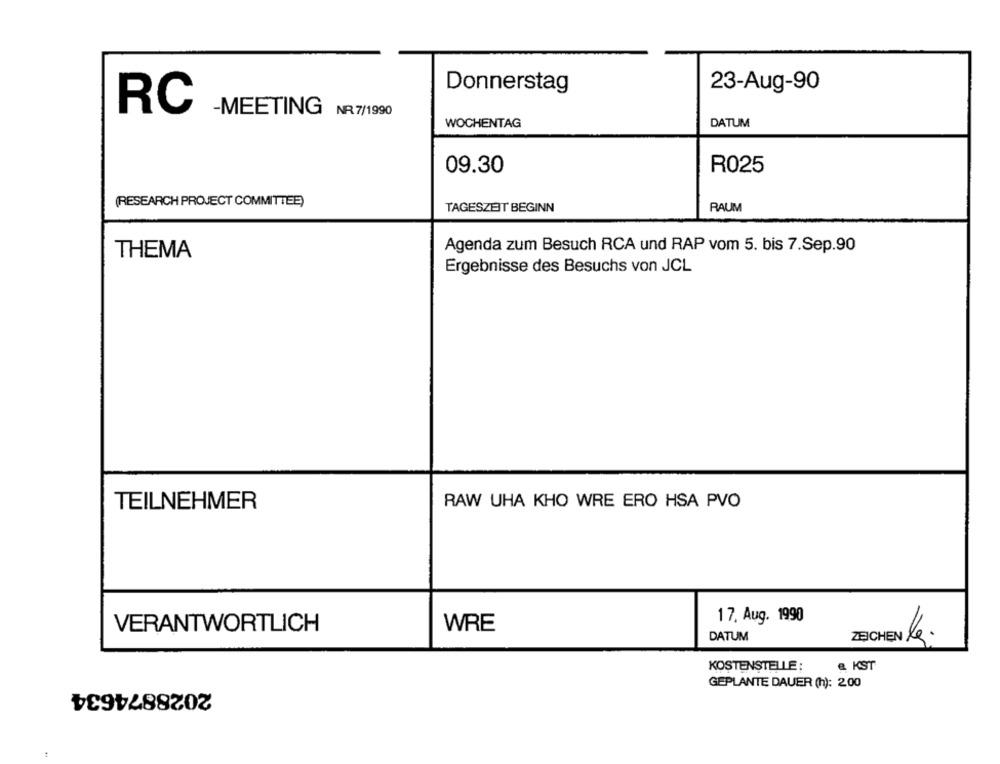
Donnerstag
23-Aug-90
RC
-MEETING NR 7/1990
DATUM
WOCHENTAG
09.30
R025
(RESEARCH PROJECT COMMITTEE)
RAUM
TAGESZEIT BEGINN
Agenda zum Besuch RCA und RAP vom 5. bis 7.Sep.90
THEMA
Ergebnisse des Besuchs von JCL
RAW UHA KHO WRE ERO HSA PVO
TEILNEHMER
17. Aug. 1990
WRE
VERANTWORTLICH
DATUM
KOSTENSTELLE :
& KST
2028874634
GEPLANTE DAUER (h): 200